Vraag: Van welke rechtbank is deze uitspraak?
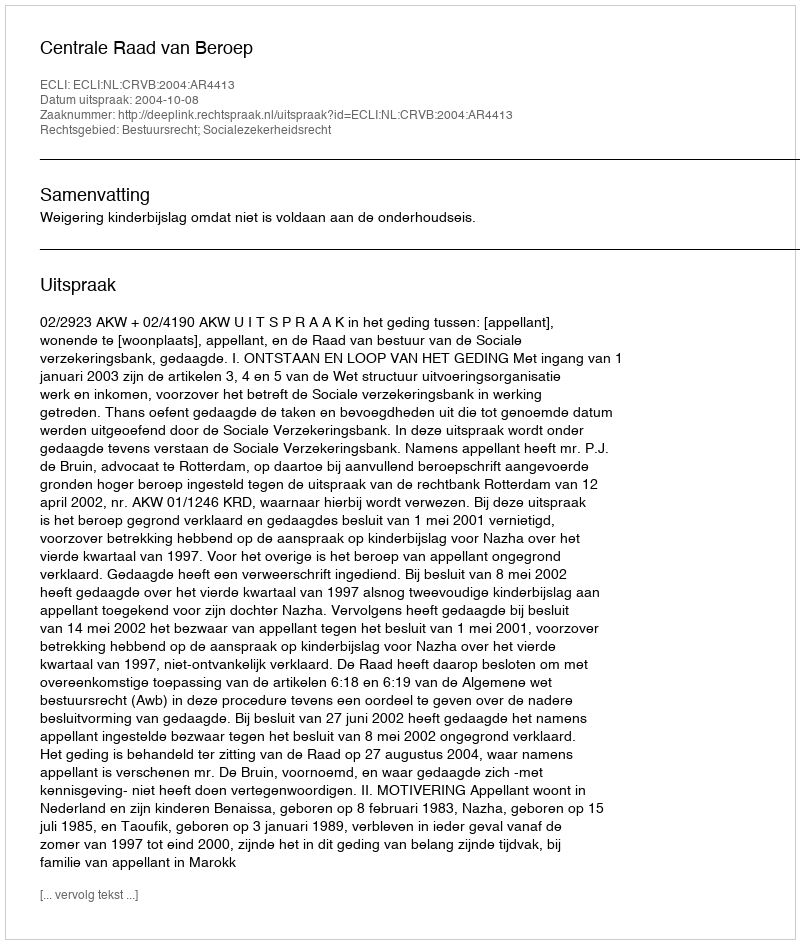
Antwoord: Centrale Raad van Beroep